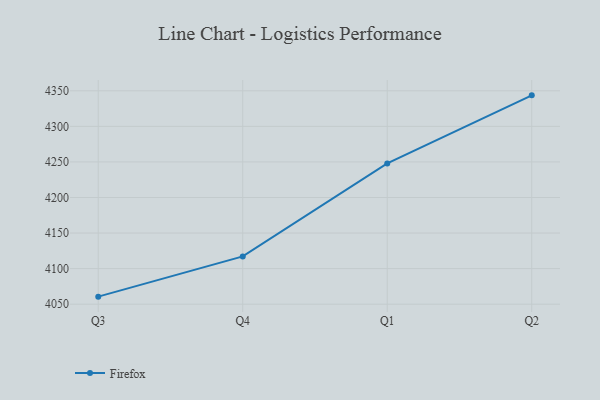
{"axis": {"x": "Quarter", "y": "Operating Costs (USD K)"}, "legend": ["Firefox"], "data": [{"x": "Q3", "y": 4060.6, "type": "Firefox"}, {"x": "Q4", "y": 4117.2, "type": "Firefox"}, {"x": "Q1", "y": 4247.9, "type": "Firefox"}, {"x": "Q2", "y": 4343.6, "type": "Firefox"}]}